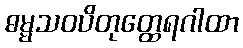
ဓမ္မသဝပိတုတ္ထေရဂါထာ